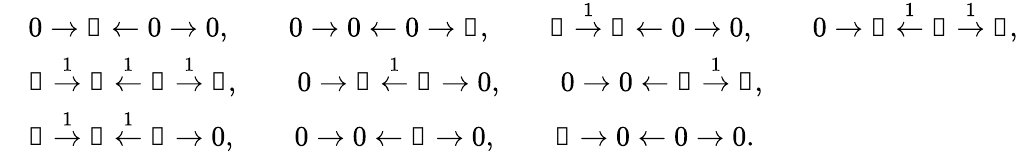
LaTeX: \begin{array}{rl}&{0\to\Bbbk\leftarrow 0\to 0,\qquad 0\to 0\leftarrow 0\to\Bbbk,\qquad\Bbbk\stackrel{1}{\to}\Bbbk\leftarrow 0\to 0,\qquad 0\to\Bbbk\stackrel{1}{\leftarrow}\Bbbk\stackrel{1}{\to}\Bbbk,}\\ &{\Bbbk\stackrel{1}{\to}\Bbbk\stackrel{1}{\leftarrow}\Bbbk\stackrel{1}{\to}\Bbbk,\qquad 0\to\Bbbk\stackrel{1}{\leftarrow}\Bbbk\to 0,\qquad 0\to 0\leftarrow\Bbbk\stackrel{1}{\to}\Bbbk,}\\ &{\Bbbk\stackrel{1}{\to}\Bbbk\stackrel{1}{\leftarrow}\Bbbk\to 0,\qquad 0\to 0\leftarrow\Bbbk\to 0,\qquad\Bbbk\to 0\leftarrow 0\to 0.}\end{array}